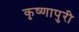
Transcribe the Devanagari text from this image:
कृष्णापुरी